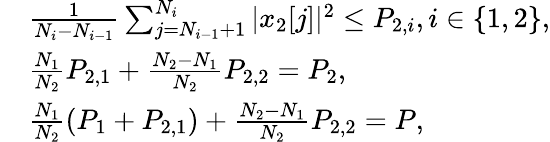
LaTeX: \begin{array}{rl}&{\frac{1}{N_{i}-N_{i-1}}\sum_{j=N_{i-1}+1}^{N_{i}}|x_{2}[j]|^{2}\leq P_{2,i},i\in\{ 1,2\} ,}\\ &{\frac{N_{1}}{N_{2}}P_{2,1}+\frac{N_{2}-N_{1}}{N_{2}}P_{2,2}=P_{2},}\\ &{\frac{N_{1}}{N_{2}}(P_{1}+P_{2,1})+\frac{N_{2}-N_{1}}{N_{2}}P_{2,2}=P,}\end{array}